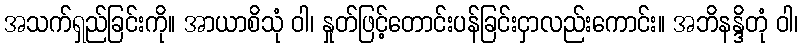
အသက်ရှည်ခြင်းကို။ အာယာစိသုံ ဝါ၊ နှုတ်ဖြင့်တောင်းပန်ခြင်းငှာလည်းကောင်း။ အဘိနန္ဒိတုံ ဝါ၊